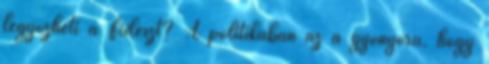
legyőzheti a Fideszt? A politikában az a gyönyörű, hogy